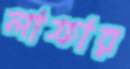
লাফার